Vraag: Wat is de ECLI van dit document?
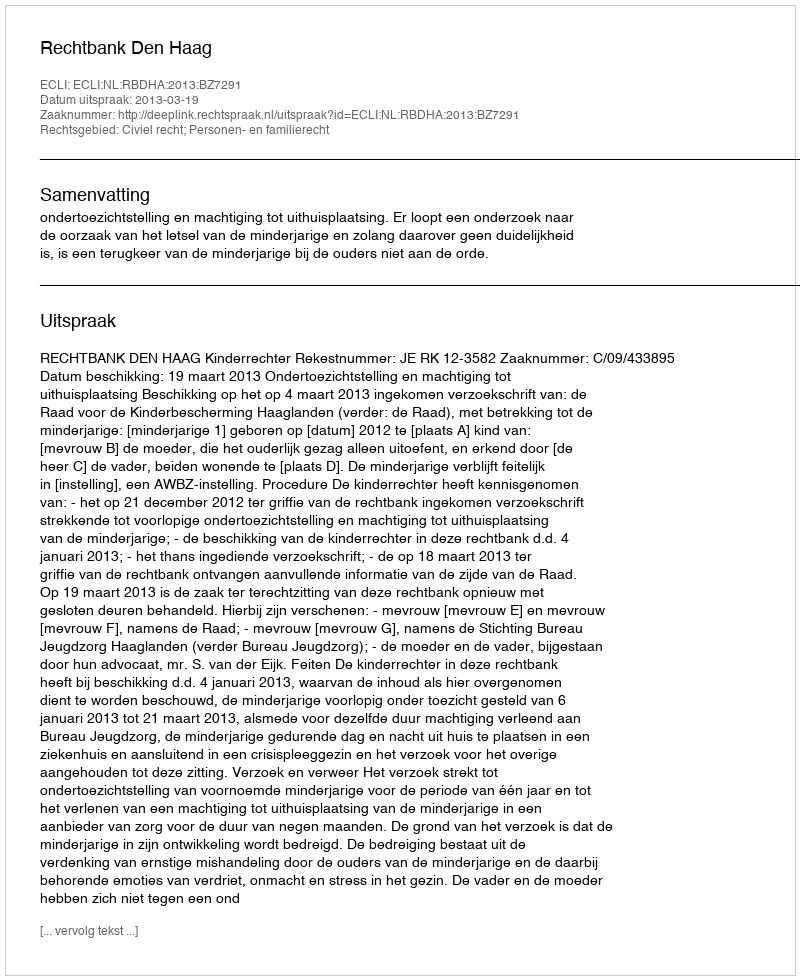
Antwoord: ECLI:NL:RBDHA:2013:BZ7291